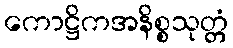
ကောဋ္ဌိကအနိစ္စသုတ္တံ